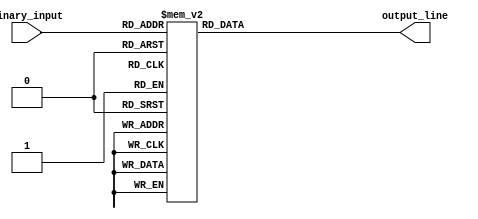
module octal_decoder(
    input [2:0] binary_input,
    output reg [7:0] output_line
);

always @*
begin
    case(binary_input)
        3'b000: output_line = 8'b00000001; // Output line 0 selected
        3'b001: output_line = 8'b00000010; // Output line 1 selected
        3'b010: output_line = 8'b00000100; // Output line 2 selected
        3'b011: output_line = 8'b00001000; // Output line 3 selected
        3'b100: output_line = 8'b00010000; // Output line 4 selected
        3'b101: output_line = 8'b00100000; // Output line 5 selected
        3'b110: output_line = 8'b01000000; // Output line 6 selected
        3'b111: output_line = 8'b10000000; // Output line 7 selected
    endcase
end

endmodule